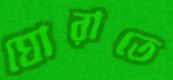
ঘোরাতে